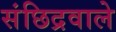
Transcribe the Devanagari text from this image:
संछिद्रवाले